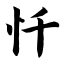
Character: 忏